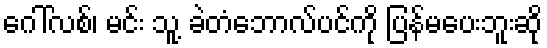
ဂေါ်လစ်၊ မင်း သူ့ ခဲတံဘောလ်ပင်ကို ပြန်မပေးဘူးဆို